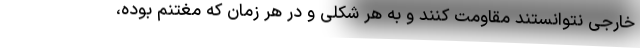
خارجی نتوانستند مقاومت کنند و به هر شکلی و در هر زمان که مغتنم بوده،